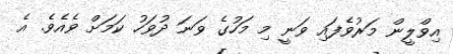
އިވްލީން މަރުވެފައި ވަނީ މި މަހުގެ ވަނަ ދުވަހު ކަމަށް ވެއެވެ. އެ